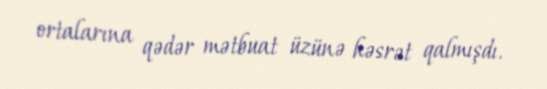
ortalarına qədər mətbuat üzünə həsrət qalmışdı.